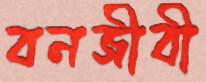
বনজীবী